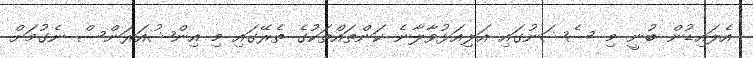
އެލައިޑުން ބުނީ މި ސެޝަނުގައި އަލިއަޅުވާލާނެ ކަންތައްތަކުގެ ތެރޭގައި މި އިންޝުއަރަންސް ނެގުމަށް